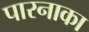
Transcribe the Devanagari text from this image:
पारनाका